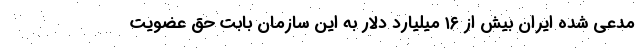
مدعی شده ایران بیش از ۱۶ میلیارد دلار به این سازمان بابت حق عضویت